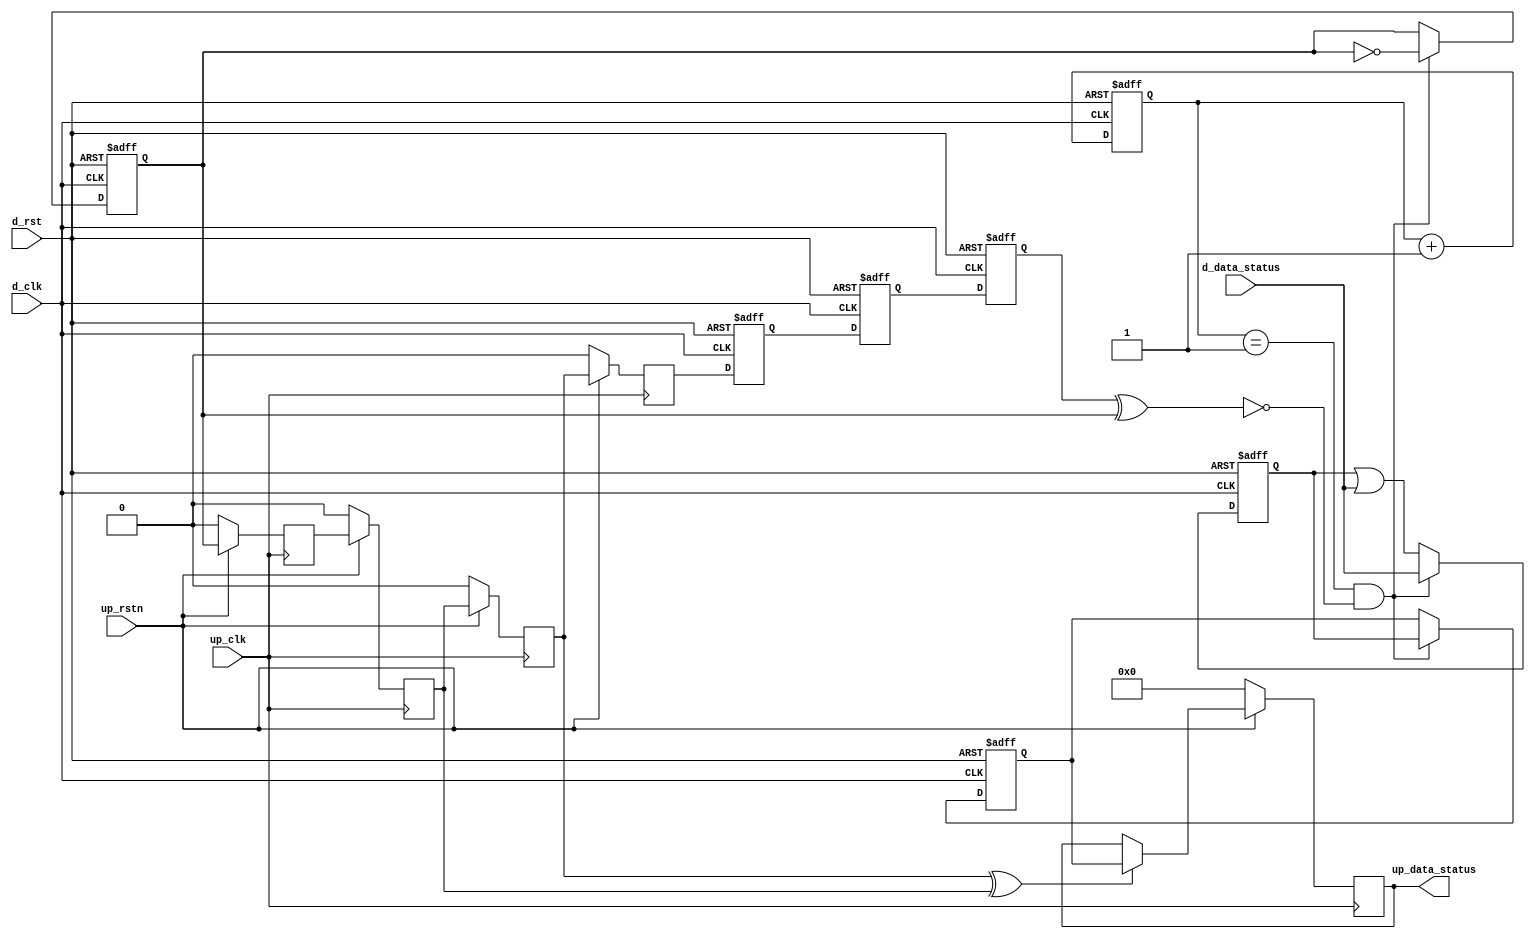
module up_xfer_status #(
  parameter     DATA_WIDTH = 8) (
  input                       up_rstn,
  input                       up_clk,
  output  [(DATA_WIDTH-1):0]  up_data_status,
  input                       d_rst,
  input                       d_clk,
  input   [(DATA_WIDTH-1):0]  d_data_status);
  reg                         d_xfer_state_m1 = 'd0;
  reg                         d_xfer_state_m2 = 'd0;
  reg                         d_xfer_state = 'd0;
  reg     [ 5:0]              d_xfer_count = 'd0;
  reg                         d_xfer_toggle = 'd0;
  reg     [(DATA_WIDTH-1):0]  d_xfer_data = 'd0;
  reg     [(DATA_WIDTH-1):0]  d_acc_data = 'd0;
  reg                         up_xfer_toggle_m1 = 'd0;
  reg                         up_xfer_toggle_m2 = 'd0;
  reg                         up_xfer_toggle_m3 = 'd0;
  reg                         up_xfer_toggle = 'd0;
  reg     [(DATA_WIDTH-1):0]  up_data_status_int = 'd0;
  wire                        d_xfer_enable_s;
  wire                        up_xfer_toggle_s;
  assign d_xfer_enable_s = d_xfer_state ^ d_xfer_toggle;
  always @(posedge d_clk or posedge d_rst) begin
    if (d_rst == 1'b1) begin
      d_xfer_state_m1 <= 'd0;
      d_xfer_state_m2 <= 'd0;
      d_xfer_state <= 'd0;
      d_xfer_count <= 'd0;
      d_xfer_toggle <= 'd0;
      d_xfer_data <= 'd0;
      d_acc_data <= 'd0;
    end else begin
      d_xfer_state_m1 <= up_xfer_toggle;
      d_xfer_state_m2 <= d_xfer_state_m1;
      d_xfer_state <= d_xfer_state_m2;
      d_xfer_count <= d_xfer_count + 1'd1;
      if ((d_xfer_count == 6'd1) && (d_xfer_enable_s == 1'b0)) begin
        d_xfer_toggle <= ~d_xfer_toggle;
        d_xfer_data <= d_acc_data;
      end
      if ((d_xfer_count == 6'd1) && (d_xfer_enable_s == 1'b0)) begin
        d_acc_data <= d_data_status;
      end else begin
        d_acc_data <= d_acc_data | d_data_status;
      end
    end
  end
  assign up_data_status = up_data_status_int;
  assign up_xfer_toggle_s = up_xfer_toggle_m3 ^ up_xfer_toggle_m2;
  always @(posedge up_clk) begin
    if (up_rstn == 1'b0) begin
      up_xfer_toggle_m1 <= 'd0;
      up_xfer_toggle_m2 <= 'd0;
      up_xfer_toggle_m3 <= 'd0;
      up_xfer_toggle <= 'd0;
      up_data_status_int <= 'd0;
    end else begin
      up_xfer_toggle_m1 <= d_xfer_toggle;
      up_xfer_toggle_m2 <= up_xfer_toggle_m1;
      up_xfer_toggle_m3 <= up_xfer_toggle_m2;
      up_xfer_toggle <= up_xfer_toggle_m3;
      if (up_xfer_toggle_s == 1'b1) begin
        up_data_status_int <= d_xfer_data;
      end
    end
  end
endmodule